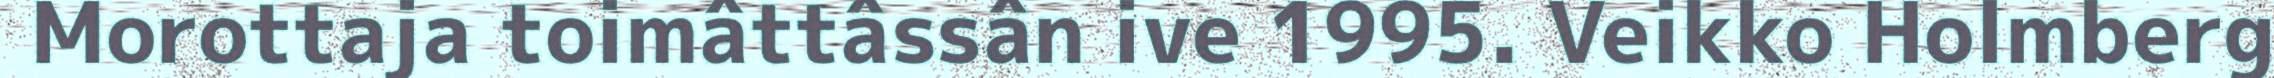
Morottaja toimâttâssân ive 1995. Veikko Holmberg